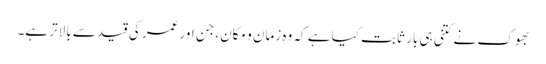
بھوک نے کتنی ہی بار ثابت کیا ہے کہ وہ زمان و مکان، جن اور عمر کی قید سے بالاتر ہے۔